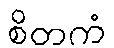
စိတကံ